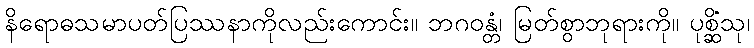
နိရောဓသမာပတ်ပြဿနာကိုလည်းကောင်း။ ဘဂဝန္တံ၊ မြတ်စွာဘုရားကို။ ပုစ္ဆိံသု၊